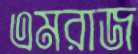
এমরাজ